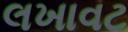
લખાવટ